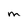
Character: m